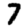
Digit: 7